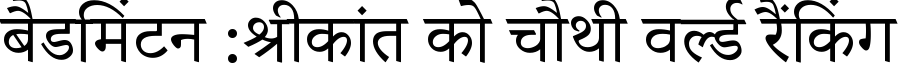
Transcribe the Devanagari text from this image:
बैडमिंटन :श्रीकांत को चौथी वर्ल्ड रैंकिंग